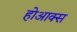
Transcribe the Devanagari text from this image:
होआक्स